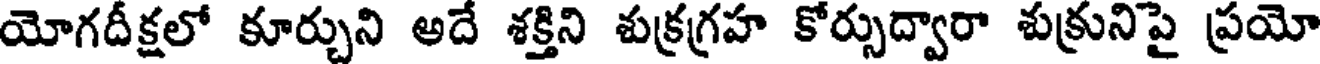
యోగదీక్షలో కూర్చుని అదే శక్తిని శుక్రగ్రహ కోర్సుద్వారా శుక్రునిపై ప్రయో